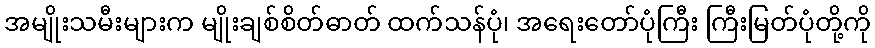
အမျိုးသမီးများက မျိုးချစ်စိတ်ဓာတ် ထက်သန်ပုံ၊ အရေးတော်ပုံကြီး ကြီးမြတ်ပုံတို့ကို